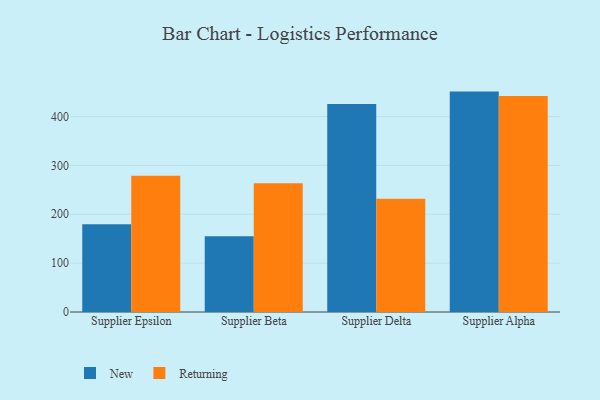
{"axis": {"x": "Supplier", "y": "LTV (USD)"}, "legend": ["New", "Returning"], "data": [{"x": "Supplier Epsilon", "y": 179.4, "type": "New"}, {"x": "Supplier Epsilon", "y": 278.8, "type": "Returning"}, {"x": "Supplier Beta", "y": 155.2, "type": "New"}, {"x": "Supplier Beta", "y": 263.6, "type": "Returning"}, {"x": "Supplier Delta", "y": 425.8, "type": "New"}, {"x": "Supplier Delta", "y": 231.7, "type": "Returning"}, {"x": "Supplier Alpha", "y": 451.1, "type": "New"}, {"x": "Supplier Alpha", "y": 442.1, "type": "Returning"}]}